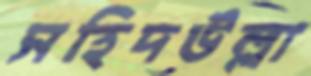
সহিদউল্লা